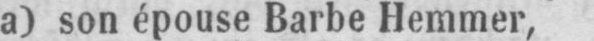
a) son épouse Barbe Hemmer,